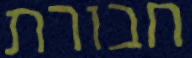
חבורת